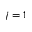
j = 1